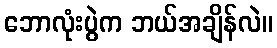
ဘောလုံးပွဲက ဘယ်အချိန်လဲ။